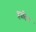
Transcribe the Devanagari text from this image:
हातिर